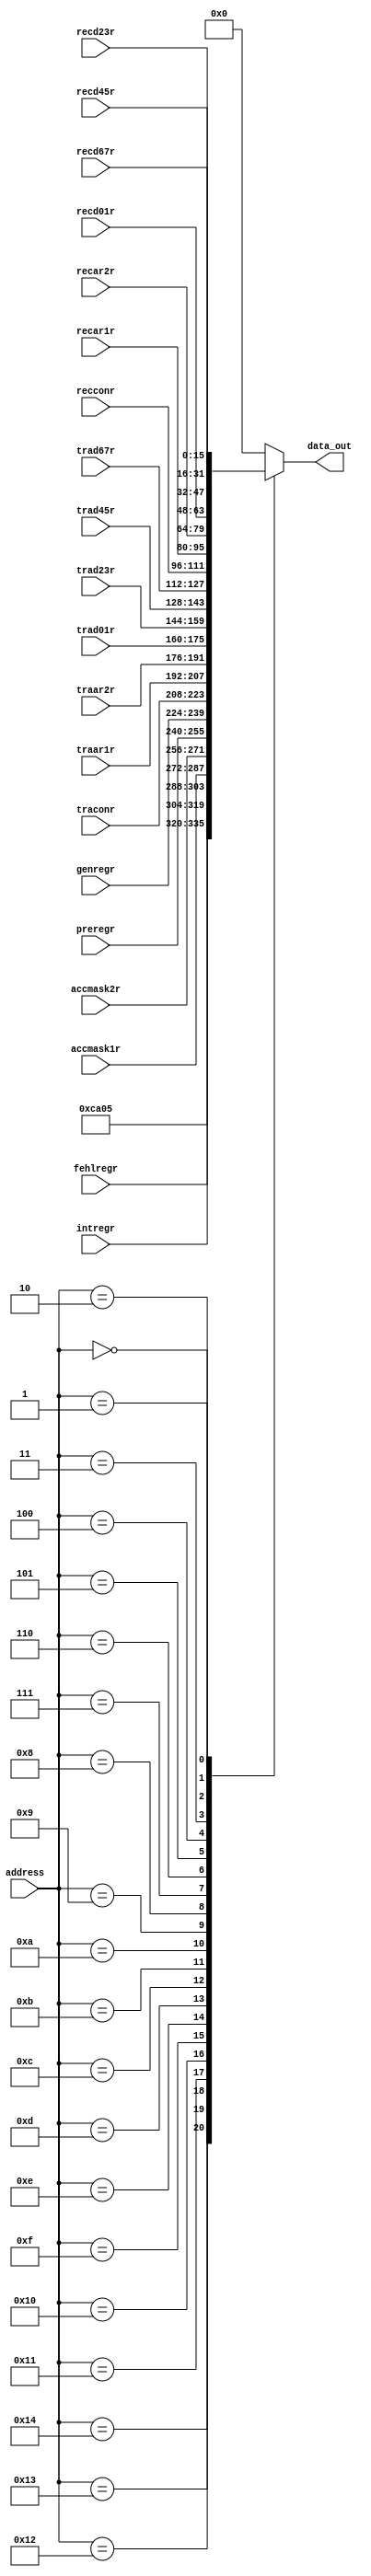
////////////////////////////////////////////////////////////////////////////////////////////////////
//
// Interessengruppe fuer Mikroelektronik und Eingebettete Systeme (IMES)
// Fachhochschule Dortmund
//
// Tool         : Mentor Graphics HDL Designer(TM) 2015.1b (Build 4)
// Description  : Ausgelagerter Multiplexer fr CPU-Lesezyklus, umschalten der
//                Registerausgnge auf Datenbus. Ein einfacher Multiplexer, mit Synopsys
//                Attribut dazu gentigt, einer zu sein
// Commentary   : The HW-ID is taken from the original CAN top level (VHDL) 
//
// Changelog:
// -------------------------------------------------------------------------------------------------
// Version | Author             | Date       | Changes
// -------------------------------------------------------------------------------------------------
// 0.9     | Leduc              | 20.05.2019 | created
// -------------------------------------------------------------------------------------------------
// 0.91    | Leduc              | 21.05.2019 | Added parameter for HW-ID 
// -------------------------------------------------------------------------------------------------
//
////////////////////////////////////////////////////////////////////////////////////////////////////

//`resetall
//`timescale 1ns/10ps
//`default_nettype none

module read_mux2(
  input wire [4:0]  address,  // aussen
  input wire [15:0] preregr,  // prescalereg.
  input wire [15:0] genregr,   // generalreg.
  input wire [15:0] intregr,   // interrupt register 
  input wire [15:0] traconr,   // transmit message ctrl. reg.
  input wire [15:0] traar1r,   // trans. arbit. reg.1
  input wire [15:0] traar2r,   // trans. arbit. reg.2
  input wire [15:0] trad01r,   // trans. data 1&2
  input wire [15:0] trad23r,   // trans. data 3&4
  input wire [15:0] trad45r,   // trans. data 5&6
  input wire [15:0] trad67r,   // trans. data 7&8
  input wire [15:0] recconr,   // recv. mess. ctrl. 
  input wire [15:0] accmask1r, // Acceptance Mask Register 1
  input wire [15:0] accmask2r, // Accpetance Mask Register 2
  input wire [15:0] recar1r,   // recv. arbit. 1
  input wire [15:0] recar2r,   // recv. arbit. 2
  input wire [15:0] recd01r,   // recv data 1&2
  input wire [15:0] recd23r,   // recv data 3&4
  input wire [15:0] recd45r,   // recv data 5&6
  input wire [15:0] recd67r,   // recv data 7&8
  input wire [15:0] fehlregr,  // Fehlerzaehler Register TEC/REC
  output reg [15:0] data_out   // zum Datenbus
);

parameter [15:0] system_id = 16'hCA05; // HW-ID 

// Read (CPU liest vom Controller) 

always@*
begin
  case (address)    
    5'b10100 : data_out = system_id;
    5'b10011 : data_out = fehlregr;
    5'b10010 : data_out = intregr;
    5'b10001 : data_out = accmask1r;
    5'b10000 : data_out = accmask2r;
    5'b01111 : data_out = preregr;
    5'b01110 : data_out = genregr;
    5'b01101 : data_out = traconr;
    5'b01100 : data_out = traar1r;
    5'b01011 : data_out = traar2r;
    5'b01010 : data_out = trad01r;
    5'b01001 : data_out = trad23r;
    5'b01000 : data_out = trad45r;
    5'b00111 : data_out = trad67r;
    5'b00110 : data_out = recconr;
    5'b00101 : data_out = recar1r;
    5'b00100 : data_out = recar2r;
    5'b00011 : data_out = recd01r;
    5'b00010 : data_out = recd23r;
    5'b00001 : data_out = recd45r;
    5'b00000 : data_out = recd67r;
    default  : data_out = 16'd0;
  endcase
end
endmodule